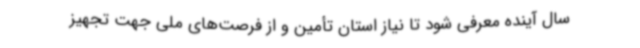
سال آینده معرفی شود تا نیاز استان تأمین و از فرصت‌های ملی جهت تجهیز